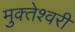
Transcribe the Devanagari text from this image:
मुक्‍तेश्‍वरी